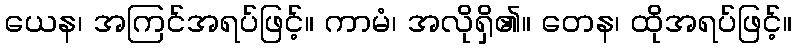
ယေန၊ အကြင်အရပ်ဖြင့်။ ကာမံ၊ အလိုရှိ၏။ တေန၊ ထိုအရပ်ဖြင့်။